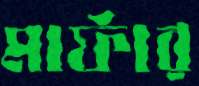
মার্ফার